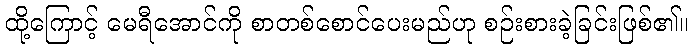
ထို့ကြောင့် မေရီအောင်ကို စာတစ်စောင်ပေးမည်ဟု စဉ်းစားခဲ့ခြင်းဖြစ်၏။